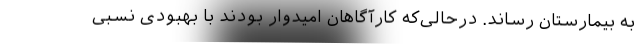
به بیمارستان رساند. درحالی‌که کارآگاهان امیدوار بودند با بهبودی نسبی